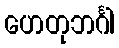
ဟေတုဘင်္ဂါ